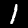
Label: 1